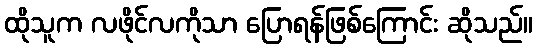
ထိုသူက လဖိုင်လကိုသာ ပြောရန်ဖြစ်ကြောင်း ဆိုသည်။